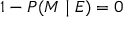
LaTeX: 1 - P ( M \mid E ) = 0